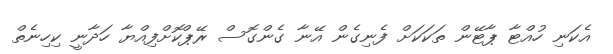
އެކަނި ހުއްޓާ ޕާޓޭން ތަކަކަށް ފެނިގެން އޭނާ ގެންގޮސް ރޭޕްކޮށްފިއްޔާ ހަދާނީ ކިހިނެތް